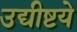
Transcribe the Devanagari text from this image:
उद्यीष्टये